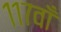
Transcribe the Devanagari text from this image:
११७वाँ